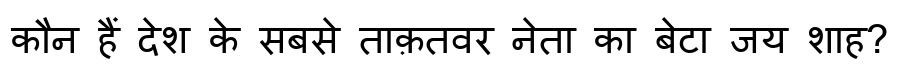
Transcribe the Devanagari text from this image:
कौन हैं देश के सबसे ताक़तवर नेता का बेटा जय शाह?